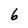
Character: 6